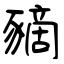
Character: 豴